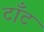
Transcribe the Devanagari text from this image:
टाँट